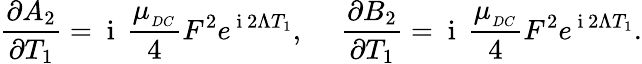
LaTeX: \frac{\partial A_{2}}{\partial T_{1}}=\mathrm{~i~}\, \frac{\mu_{_{DC}}}{4}F^{2}e^{\mathrm{~i~}2\Lambda T_{1}},\ \ \ \ \ \frac{\partial B_{2}}{\partial T_{1}}=\mathrm{~i~}\, \frac{\mu_{_{DC}}}{4}F^{2}e^{\mathrm{~i~}2\Lambda T_{1}}.